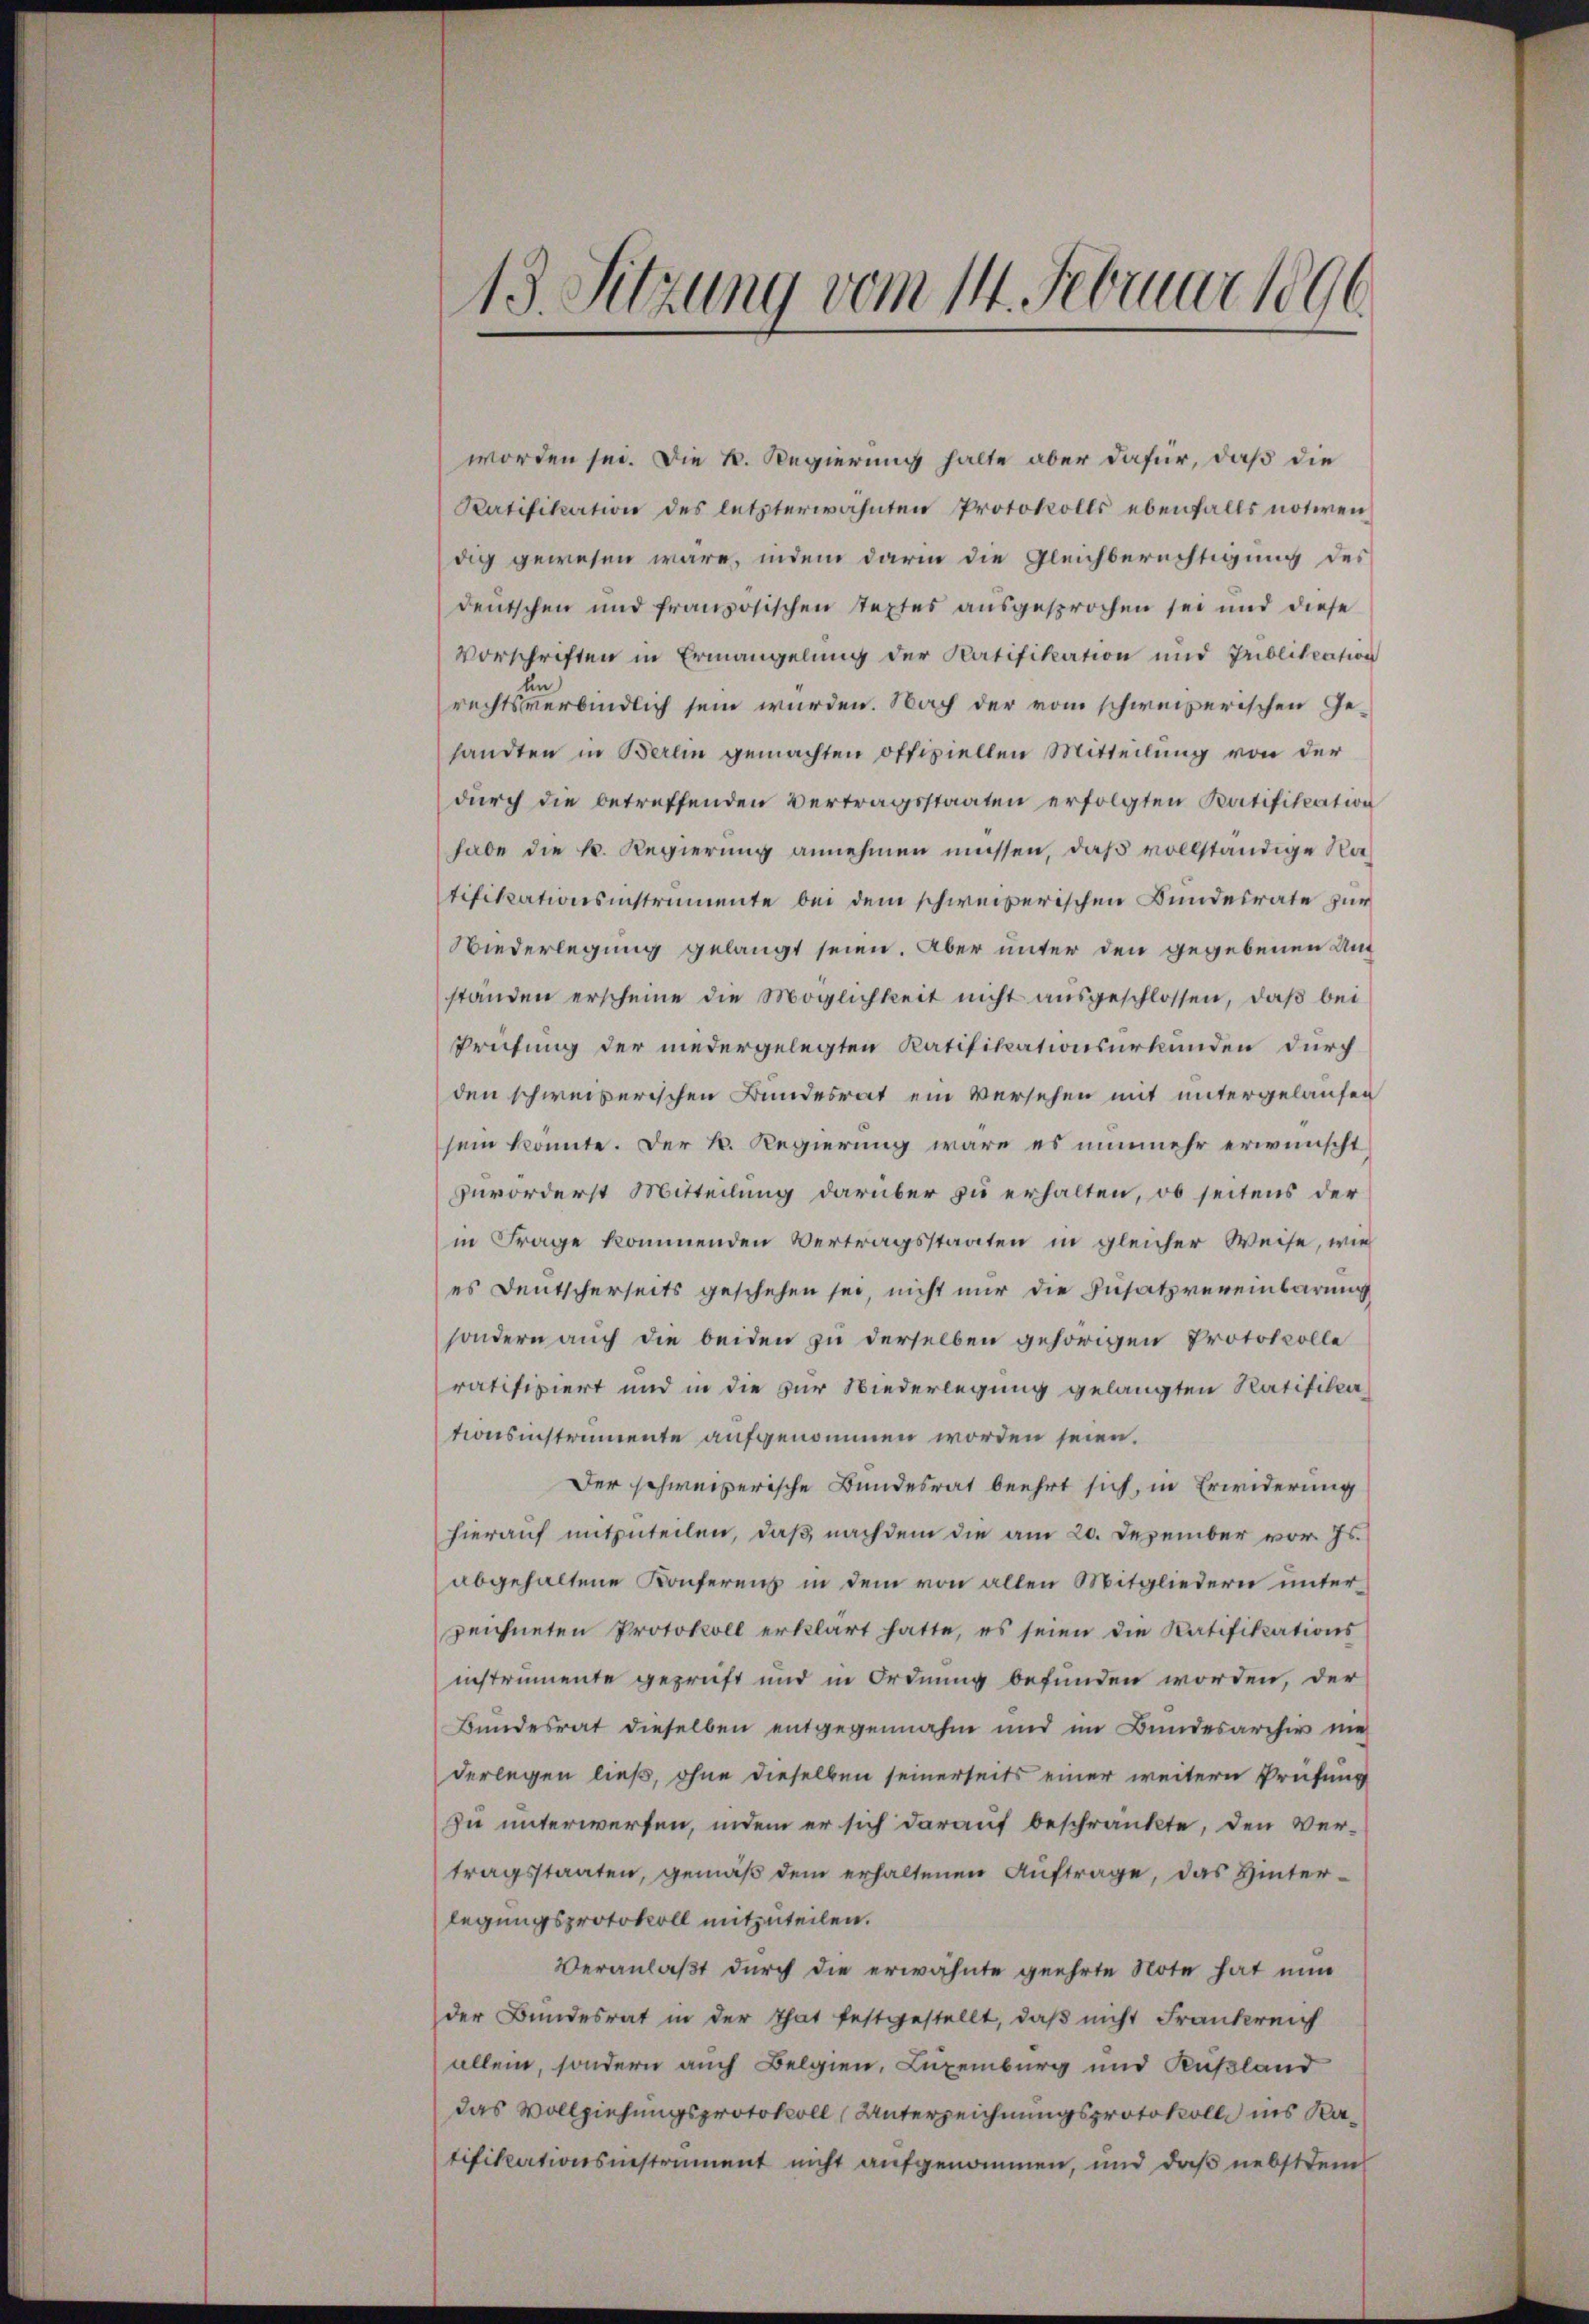
13. Sitzung vom 14. Februar 1896

worden sei. Die K. Regierung halte aber dafür, daß die
Ratifikation des letzterwähnten Protokolls ebenfalls notiren
dig gewesen wäre, indem darin die Gleichberechtigung des
deutschen und französischen Textes ausgesprochen sei und diese
Vorschriften in Ermangelung der Ratifikation und Publikation
en
rechtsverbindlich sein würden. Nach der vom schweizerischen Gesandten in Berein gemachten offiziellen Mitteilung von der
durch die betreffenden Vertragsstaaten erfolgten Ratifikation
habe die k. Regierung annehmen müssen, daß vollständige Natifikationsinstrumente bei dem schweizerischen Bundesrate zur
Wiederlegung gelangt seien. Aber unter den gegebenen Unt
ständen erscheine die Möglichkeit nicht ausgeschlossen, daß bei
Prüfung der niedergelegten Ratifikationsurkunden durch
den schweizerischen Bundesrat ein Versehen mit untergelaufen
sein konnte. Der k. Regierung wäre es nunmehr erwünscht
zuvorderst Mitteilung darüber zu erhalten, ob seitens der
in Frage kommenden Vertragsstaaten in gleicher Weise, wie
es Deutscherseits geschehen sei, nicht nur die Zusatzvereinbarung
sondern auch die beiden zu derselben gehörigen Protokolle
ratifiziert und in die zur Niederlegung gelangten Ratifika
tionsinstrumente aufgenommen worden seien.
Der schweizerische Bundesrat beehrt sich, in Erwiderung
hierauf mitzuteilen, daß nach dem die am 20. Dezember vor. Js.
abgehaltene Konferenz in dem von allen Mitgliedern unterzeichneten Protokoll erklärt hatte, es seien die Ratifikations
instrumente geprüft und in Ordnung befunden worden, der
Bundesrat dieselben entgegennahm und im Bundesarchiv nie
derlegen ließ, ohne dieselben seinerseits einer weitern Prüfung
zu unterwerfen, indem er sich darauf beschränkte, den Ver-
tragsstaaten, gemäß dem erhaltenen Auftrage, das Hinterlegungsprotokoll mitzuteilen.
Veranlaßt durch die erwähnte geehrte Note hat nun
der Bundesrat in der That festgestellt, daβ nicht Frankreich
allein, sondern auch Belgien, Luxenburg und Kußland
das Vollziehungsprotokoll (Unterzeichnungsprotokoll ins Ratifikationsinstrument nicht aufgenommen, und daß nebst dem